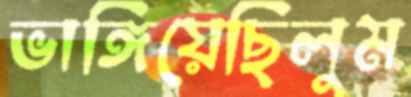
ভাঙ্গিয়েছিলুম